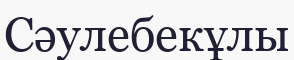
Сәулебекұлы